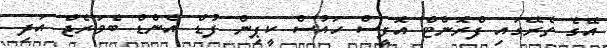
އޭގެ ތެރޭގައި ފްރޮންޓް އޮފީސް ހައުސް ކީޕިން ފުޑް އެންޑް ބެވަރެޖް އަދި